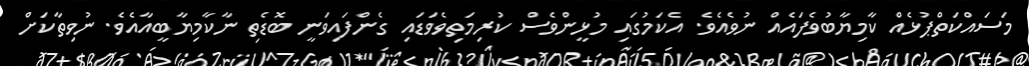
މަސައްކަތްޕުޅެއް ކާމިޔާބުވެފައެއް ނުވެއެވެ. އެކަމުގައި މުޅީންވެސް ކުރިމަތިވެވަޑައި ގެންފައިވަނީ ބޮޑެތި ނާކާމިޔާބީއާއެވެ. ނުވިތާކަށް